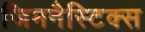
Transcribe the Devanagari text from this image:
जिमनैस्टिक्स